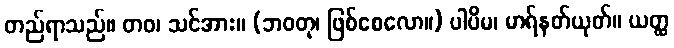
တည်ရာသည်။ တဝ၊ သင်အား။ (ဘဝတု၊ ဖြစ်စေလော။) ပါပိမ၊ မာရ်နတ်ယုတ်။ ယတ္ထ